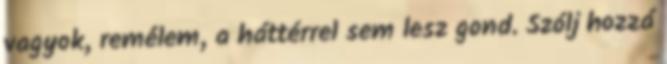
vagyok, remélem, a háttérrel sem lesz gond. Szólj hozzá